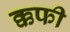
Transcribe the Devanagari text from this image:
क्कफी